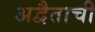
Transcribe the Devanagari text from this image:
अद्वैताची